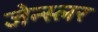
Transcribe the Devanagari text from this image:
जेन्स्लर